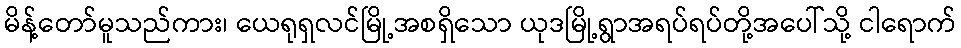
မိန့်တော်မူသည်ကား၊ ယေရုရှလင်မြို့အစရှိသော ယုဒမြို့ရွာအရပ်ရပ်တို့အပေါ်သို့ ငါရောက်